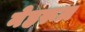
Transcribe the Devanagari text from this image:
नेहरूज़